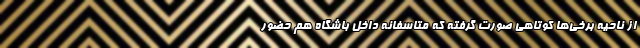
از ناحیه برخی‌ها کوتاهی صورت گرفته که متاسفانه داخل باشگاه هم حضور